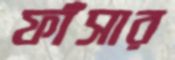
ফাঁসার